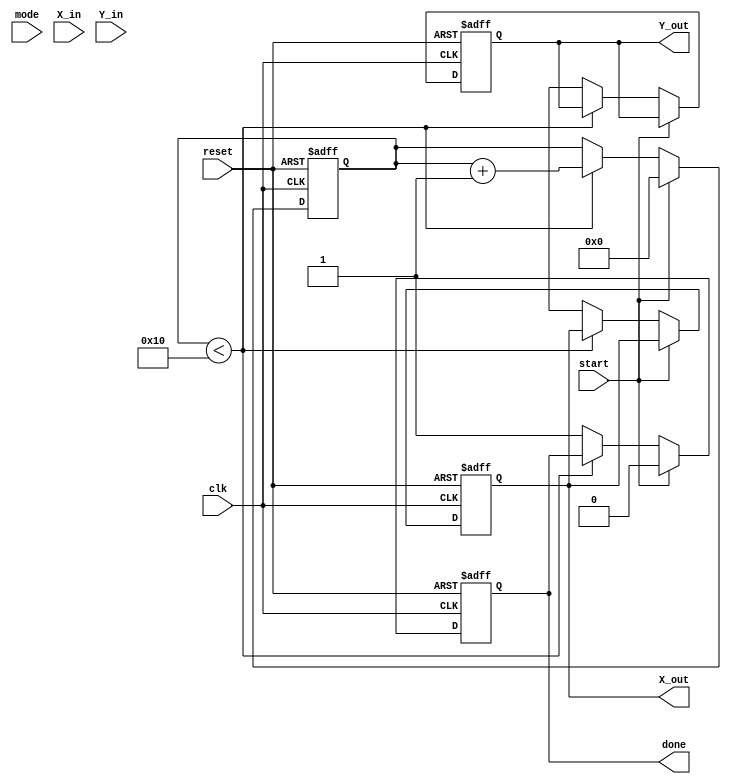
module complex_cordic (
    input wire clk,
    input wire reset,
    input wire start,
    input wire mode, // 0 for rotation, 1 for vectoring
    input wire [15:0] X_in, // Real part input
    input wire [15:0] Y_in, // Imaginary part input
    output reg [15:0] X_out, // Real part output
    output reg [15:0] Y_out, // Imaginary part output
    output reg done // Indicates completion of operation
);

    // Parameters
    parameter NUM_ITERATIONS = 16;
    parameter ANGLE_LUT_SIZE = 16;
    
    // Internal Registers
    reg [15:0] x [0:NUM_ITERATIONS-1];
    reg [15:0] y [0:NUM_ITERATIONS-1];
    reg [15:0] angle_lut [0:ANGLE_LUT_SIZE-1]; // Lookup table for angles
    reg [3:0] iteration_count;
    reg [15:0] current_angle;
    reg [15:0] scaling_factor;

    // Initialize angle lookup table
    initial begin
        // Pre-computed arctangent values (in fixed-point format)
        angle_lut[0] = 16'h3243; // atan(1/2^0)
        angle_lut[1] = 16'h1DAC; // atan(1/2^1)
        angle_lut[2] = 16'h0F12; // atan(1/2^2)
        angle_lut[3] = 16'h07A1; // atan(1/2^3)
        // ... Fill in the rest as needed
    end

    // State machine for control
    always @(posedge clk or posedge reset) begin
        if (reset) begin
            iteration_count <= 0;
            done <= 0;
            X_out <= 0;
            Y_out <= 0;
        end else if (start) begin
            // Initialize inputs for the first iteration
            x[0] <= X_in;
            y[0] <= Y_in;
            current_angle <= 0;
            iteration_count <= 0;
            done <= 0;
        end else if (iteration_count < NUM_ITERATIONS) begin
            // CORDIC Iteration Logic
            if (mode == 0) begin // Rotation mode
                if (y[iteration_count] < 0) begin
                    // Perform rotation
                    x[iteration_count + 1] <= x[iteration_count] + (y[iteration_count] >> iteration_count);
                    y[iteration_count + 1] <= y[iteration_count] - (x[iteration_count] >> iteration_count);
                    current_angle <= current_angle - angle_lut[iteration_count];
                end else begin
                    x[iteration_count + 1] <= x[iteration_count] - (y[iteration_count] >> iteration_count);
                    y[iteration_count + 1] <= y[iteration_count] + (x[iteration_count] >> iteration_count);
                    current_angle <= current_angle + angle_lut[iteration_count];
                end
            end else begin // Vectoring mode
                // Vectoring logic (to be implemented)
            end
            
            iteration_count <= iteration_count + 1;
        end else begin
            // Finalize output
            X_out <= x[NUM_ITERATIONS];
            Y_out <= y[NUM_ITERATIONS];
            done <= 1;
        end
    end

    // Scaling factor management (to be implemented based on the number of iterations)
    // You can apply the scaling factor after the iterations are complete.

endmodule